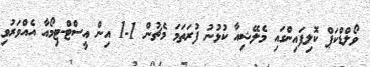
ވޯލްޑްކަޕް ކޮލިފައިންގައި މެލޭޝިއާ ކުޅުނު ފުރަތަމަ މެޗުން 1-1 އިން އީސްޓް-ޓިމޯއާ އެއްވަރުވި